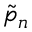
\tilde { p } _ { n }